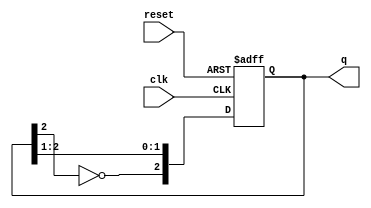
module johnson_counter #(
    parameter N = 3 // Default size of the counter, can be modified
)(
    input wire clk,         // Clock input
    input wire reset,       // Asynchronous reset input
    output reg [N-1:0] q    // Counter output
);

// Internal signal for the inverted last flip-flop output
wire last_ff_inverted;

// Assign the inverted output of the last flip-flop
assign last_ff_inverted = ~q[N-1];

// Sequential logic to implement the Johnson counter
always @(posedge clk or posedge reset) begin
    if (reset) begin
        // Asynchronous reset
        q <= {N{1'b0}}; // Initialize all flip-flops to 0
    end else begin
        // Shift the state
        q <= {last_ff_inverted, q[N-1:1]};
    end
end

endmodule